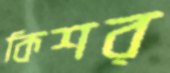
কিশর